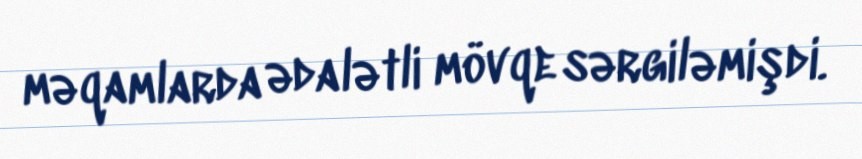
məqamlarda ədalətli mövqe sərgiləmişdi.